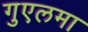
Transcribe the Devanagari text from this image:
गुएलमा